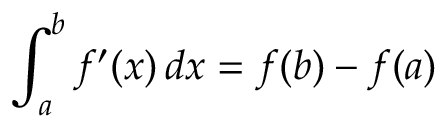
\int _ { a } ^ { b } f ^ { \prime } ( x ) \, d x = f ( b ) - f ( a )